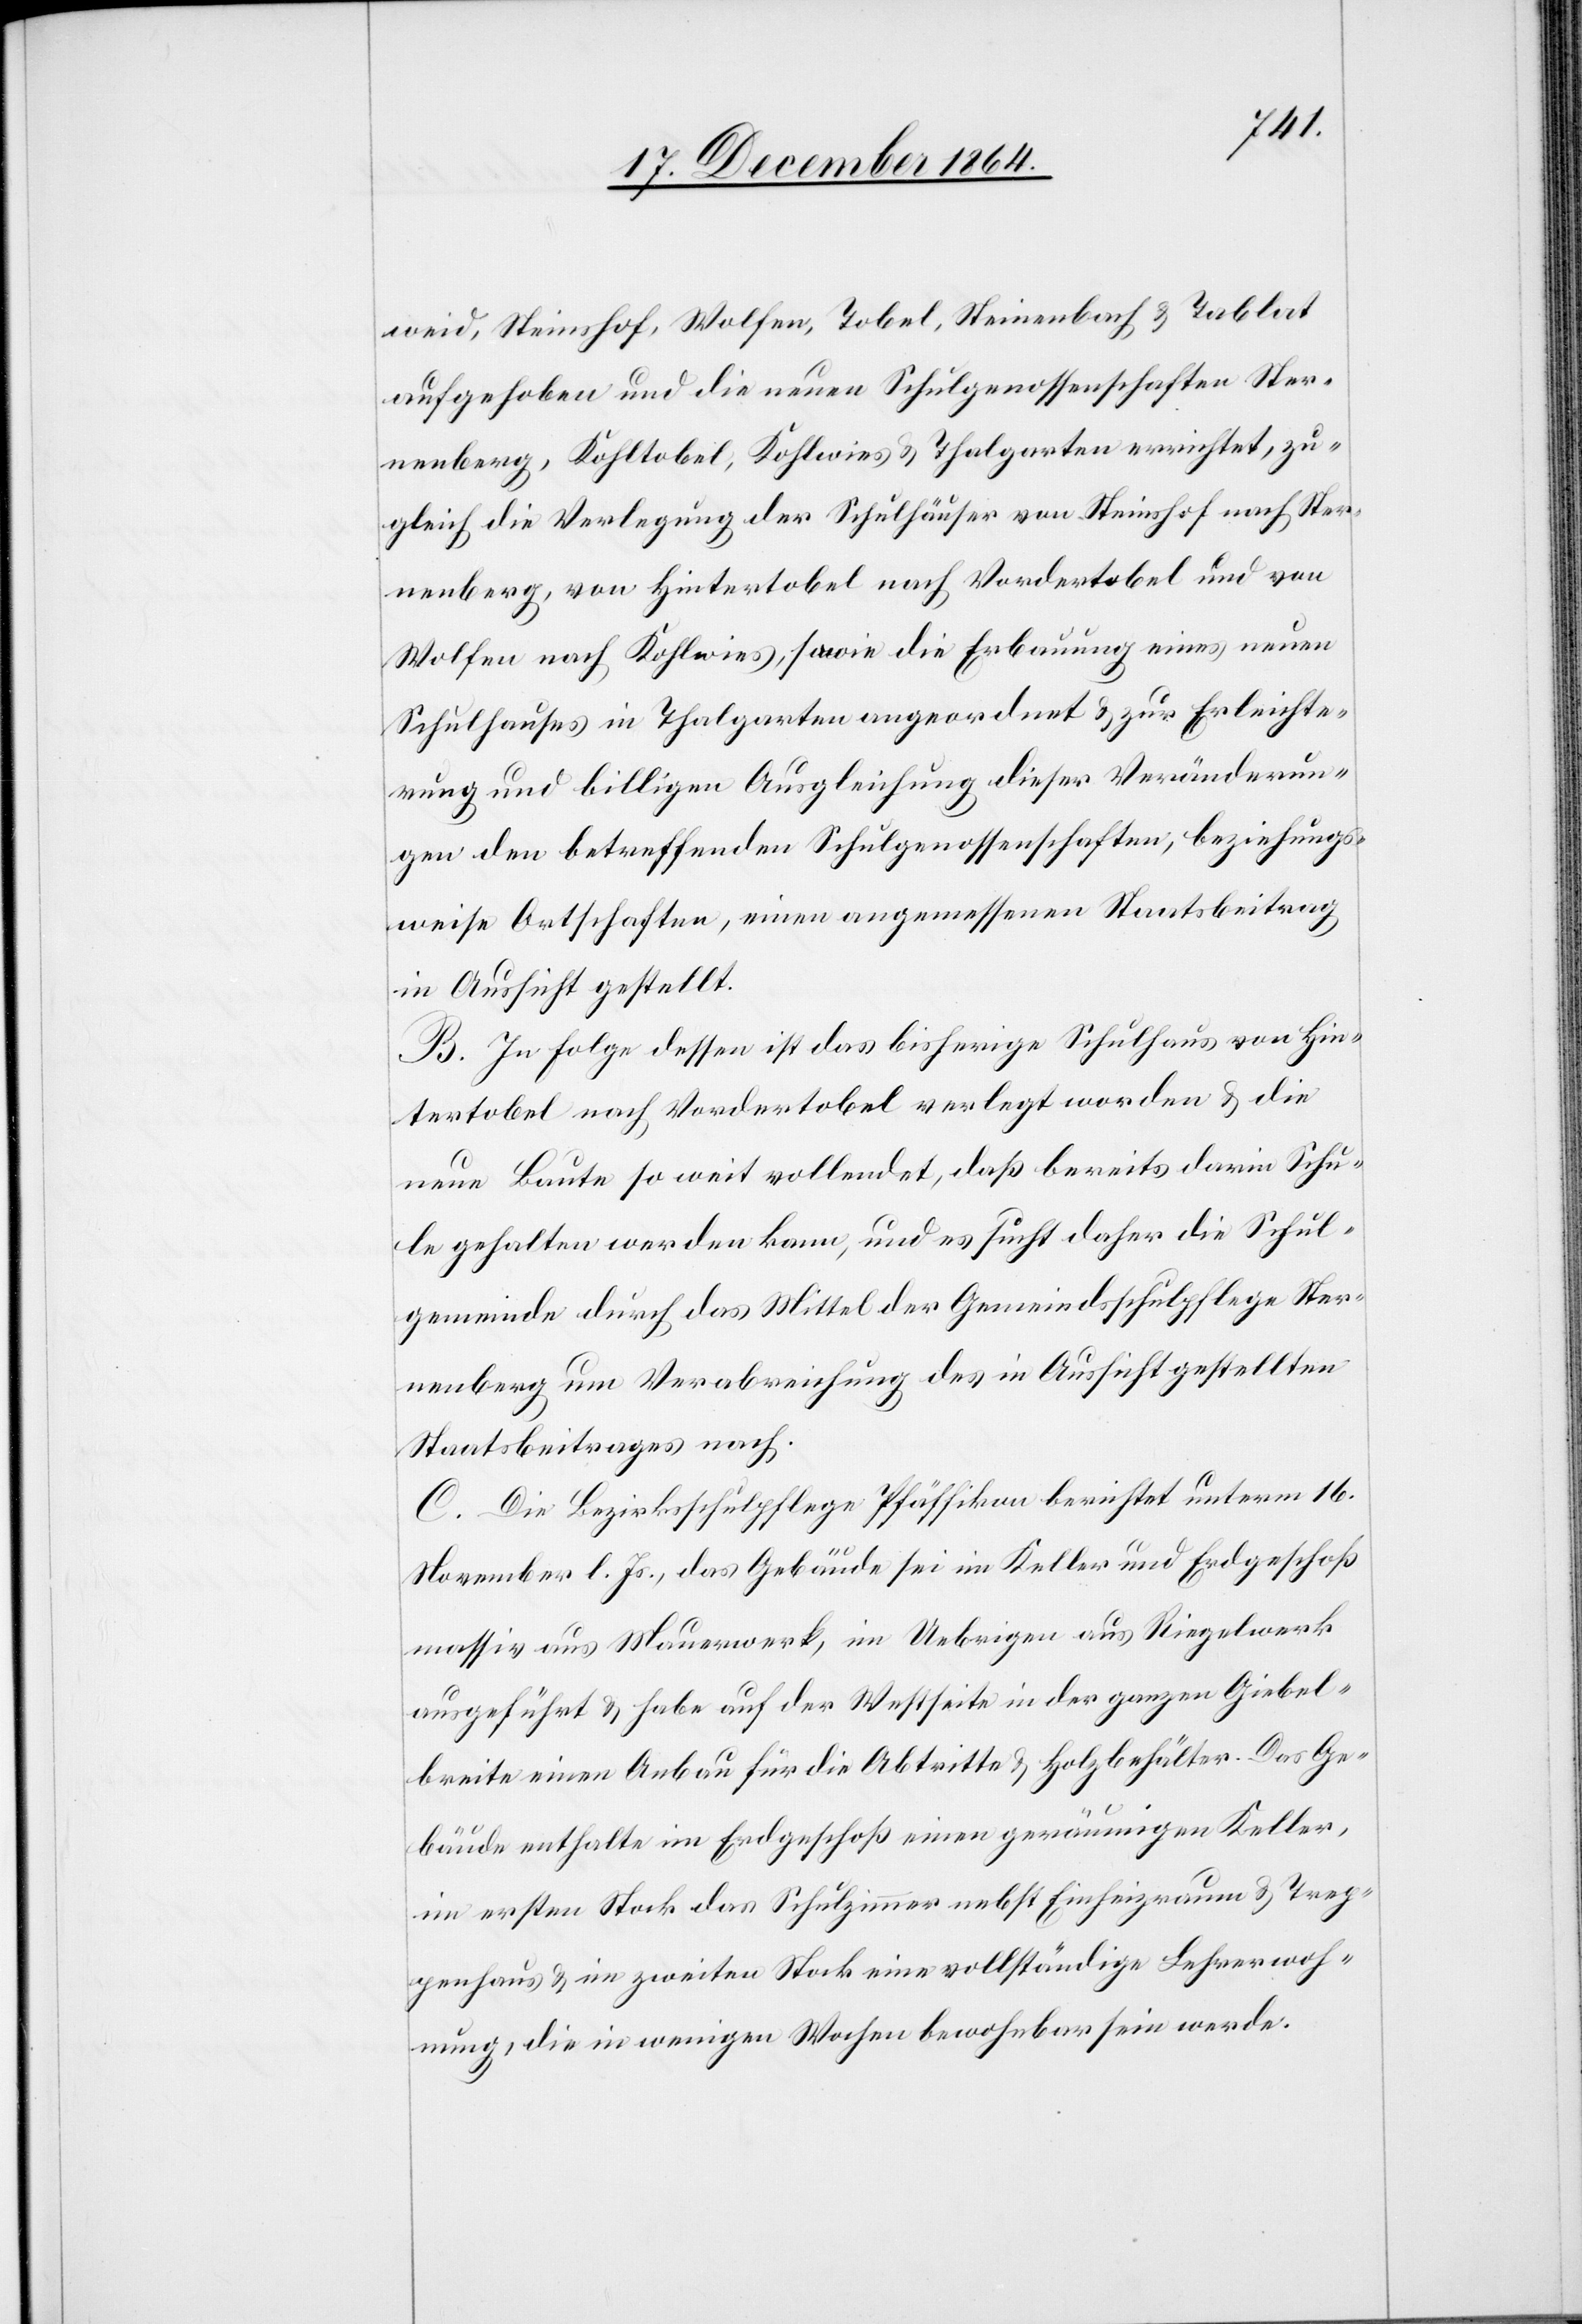
weid, Steinshof, Wolfen, Tobel, Steinenbach & Tablat
aufgehoben und die neuen Schulgenossenschaften Ster¬
nenberg, Kohltobel, Kohlwies & Thalgarten errichtet, zu¬
gleich die Verlegung der Schulhäuser von Steinshof nach Ster¬
nenberg, von Hintertobel nach Vordertobel und von
Wolfen nach Kohlwies, sowie die Erbauung eines neuen
Schulhauses in Thalgarten angeordnet & zur Erleichte¬
rung und billigen Ausgleichung dieser Veränderun¬
gen den betreffenden Schulgenossenschaften, beziehungs¬
weise Ortschaften, einen angemessenen Staatsbeitrag
in Aussicht gestellt.
B. In Folge dessen ist das bisherige Schulhaus von Hin¬
tertobel nach Vordertobel verlegt worden & die
neue Baute so weit vollendet, daß bereits darin Schu¬
le gehalten werden kann, und es sucht daher die Schul¬
gemeinde durch das Mittel der Gemeindsschulpflege Ster¬
nenberg um Verabreichung des in Aussicht gestellten
Staatsbeitrages nach.
C. die Bezirksschulpflege Pfäffikon berichtet unterm 16.
November l. Js., das Gebäude sei im Keller und Erdgeschoß
massiv aus Mauerwerk, im Uebrigen aus Riegelwerk
ausgeführt & habe auf der Westseite in der ganzen Giebel¬
breite einen Anbau für die Abtritte & Holzbehälter. Das Ge¬
bäude enthalte im Erdgeschoß einen geräumigen Keller,
im ersten Stock das Schulzimmer nebst Einheizraum & Trep¬
penhaus & im zweiten Stock eine vollständige Lehrerwoh¬
nung, die in wenigen Wochen bewohnbar sein werde.